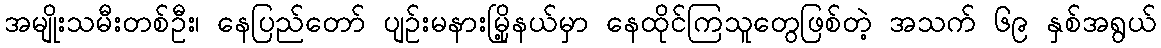
အမျိုးသမီးတစ်ဦး၊ နေပြည်တော် ပျဉ်းမနားမြို့နယ်မှာ နေထိုင်ကြသူတွေဖြစ်တဲ့ အသက် ၆၉ နှစ်အရွယ်